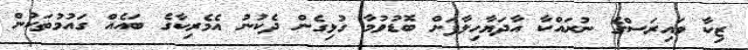
ޒިކާ ވައިރަސްގެ ނުރައްކާ އާދަޔާހިލާފަށް ބޮޑުވުމާ ގުޅިގެން ދެކުނު އެމެރިކާގެ ބައެއް ގައުމުތަކުން